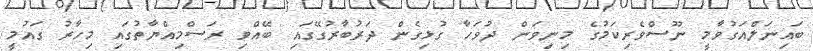
ބައިނަލްއަގުވާމީ ނޫސްވެރިކަމުގެ މިނިވަން ދުވަހާ ގުޅިގެން ދަރުބާރުގޭގައި ބޭއްވި ރަސްމިއްޔާތުގައި މިހާރު ގައުމީ